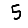
Digit: 5